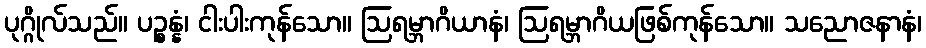
ပုဂ္ဂိုလ်သည်။ ပဉ္စန္နံ၊ ငါးပါးကုန်သော။ ဩရမ္ဘာဂိယာနံ၊ ဩရမ္ဘာဂိယဖြစ်ကုန်သော။ သညောဇနာနံ၊